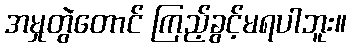
အမှုတွဲတောင် ကြည့်ခွင့်မရပါဘူး။